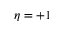
\eta = + 1